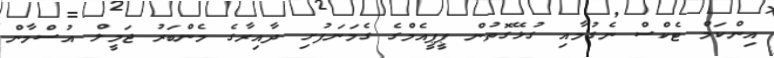
އިންކަމް ޓެކްސް ނެގުމާއި ގުޅޭގޮތުން ޕީޕީއެމްގެ ގެމަނަފުށި ދާއިރާގެ މެންބަރު ޖަމީލް އުސްމާން